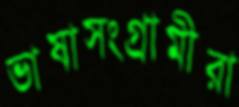
ভাষাসংগ্রামীরা